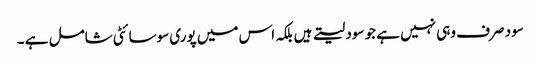
سود صرف وہی نہیں ہے جو سود لیتے ہیں بلکہ اس میں پوری سوسائٹی شامل ہے ۔